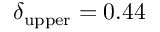
\delta _ { \mathrm { u p p e r } } = 0 . 4 4